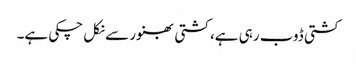
کشتی ڈوب رہی ہے، کشتی بھنور سے نکل چکی ہے۔